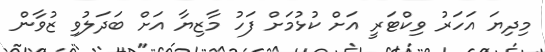
މިދިޔަ އަހަރު ވިކްޓަރީ އަށް ކުޅުމަށް ފަހު މާޒިޔާ އަށް ބަދަލުވި ޒުވާން